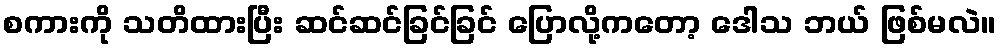
စကားကို သတိထားပြီး ဆင်ဆင်ခြင်ခြင် ပြောလို့ကတော့ ဒေါသ ဘယ် ဖြစ်မလဲ။